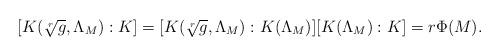
LaTeX: \begin{align*}[K(\sqrt[r]{g}, \Lambda_M) : K] = [K(\sqrt[r]{g}, \Lambda_M) : K(\Lambda_M)][K(\Lambda_M) : K] = r\Phi(M).\end{align*}